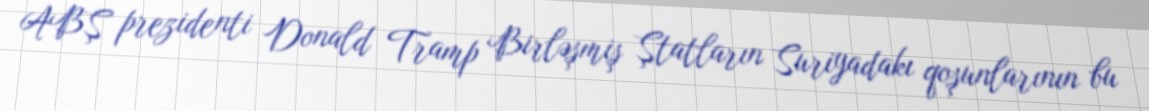
ABŞ prezidenti Donald Tramp Birləşmiş Ştatların Suriyadakı qoşunlarının bu